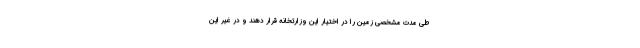
طی مدت مشخصی زمین را در اختیار این وزارتخانه قرار دهند و در غیر این